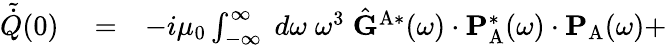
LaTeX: \begin{array}{rlr}{\tilde{\dot{Q}}(0)}&{{}=}&{-i\mu_{0}\int_{-\infty}^{\infty}\; d\omega\; \omega^{3}\; \hat{\mathbf{G}}^{\mathrm{A}*}(\omega)\cdot\mathbf{P}_{\mathrm{A}}^{*}(\omega)\cdot\mathbf{P}_{\mathrm{A}}(\omega)+}\end{array}